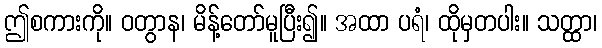
ဤစကားကို။ ဝတွာန၊ မိန့်တော်မူပြီး၍။ အထာ ပရံ၊ ထိုမှတပါး။ သတ္ထာ၊